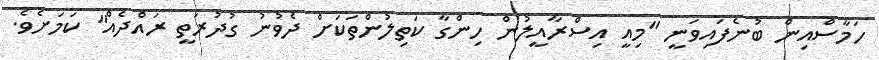
ހަމާސްއިން ބުނެފައިވަނީ "މިއީ އިސްރާއީލުން ހިންގާ ކަތިލުންތަކަށް ދެވުނު ގުދުރަތީ ރައްދެއް" ކަމަށެވެ.